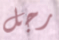
رجل